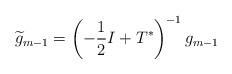
LaTeX: \begin{align*}\widetilde{g}_{m-1}=\left(-\frac{1}{2}I+T^{*}\right)^{-1}g_{m-1}\end{align*}